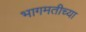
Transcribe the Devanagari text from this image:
भागमतीच्या